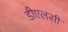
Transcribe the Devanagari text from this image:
डीएलसी